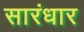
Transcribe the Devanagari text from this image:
सारंधार